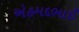
એહમદભાઈ